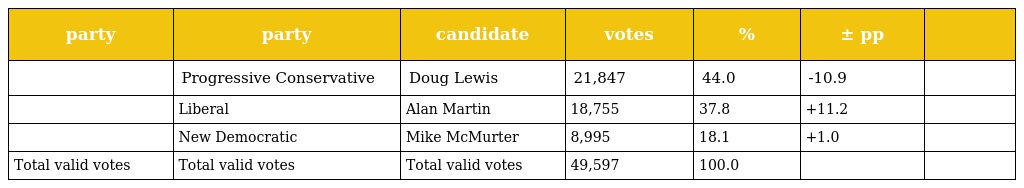
| party | party | candidate | votes | % | ± pp |  |
 | --- | --- | --- | --- | --- | --- | --- |
 |  | Progressive Conservative | Doug Lewis | 21,847 | 44.0 | -10.9 |  |
 |  | Liberal | Alan Martin | 18,755 | 37.8 | +11.2 |  |
 |  | New Democratic | Mike McMurter | 8,995 | 18.1 | +1.0 |  |
 | Total valid votes | Total valid votes | Total valid votes | 49,597 | 100.0 |  |  |